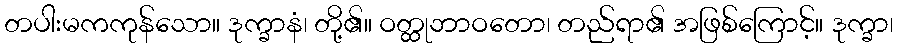
တပါးမကကုန်သော။ ဒုက္ခာနံ၊ တို့၏။ ဝတ္ထုဘာဝတော၊ တည်ရာ၏ အဖြစ်ကြောင့်။ ဒုက္ခာ၊